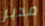
مدبر